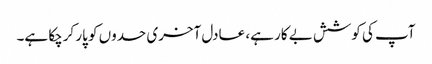
آپ کی کوشش بے کار ہے، عادل آخری حدوں کو پار کرچکا ہے۔